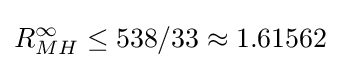
R_{MH}^{\infty }\leq 538/33\approx 1.61562